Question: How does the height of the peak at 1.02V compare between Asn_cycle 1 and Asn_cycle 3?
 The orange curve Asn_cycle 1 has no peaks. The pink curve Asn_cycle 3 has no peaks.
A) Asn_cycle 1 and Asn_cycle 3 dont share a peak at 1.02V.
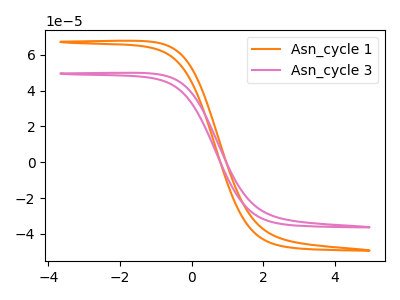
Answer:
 <answer>A) "Asn_cycle 1" and "Asn_cycle 3" dont share a peak at 1.02V.</answer>
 <eval>A</eval>